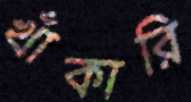
খাঁকারি